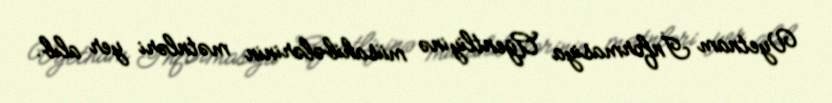
Vyetnam İnformasiya Agentliyinə müsahibələrinin mətnləri yer alıb.